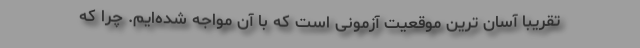
تقریبا آسان ترین موقعیت آزمونی است که با آن مواجه شده‌ایم. چرا که